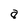
Character: a